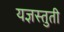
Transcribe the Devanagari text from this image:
यज्ञस्तुती